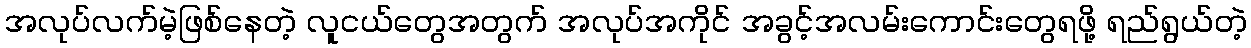
အလုပ်လက်မဲ့ဖြစ်နေတဲ့ လူငယ်တွေအတွက် အလုပ်အကိုင် အခွင့်အလမ်းကောင်းတွေရဖို့ ရည်ရွယ်တဲ့